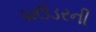
પાઉડરની